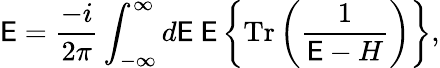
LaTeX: {\cal\mathsf{E}}=\frac{{-i}}{{2\pi}}\int_{-\infty}^{\infty}d\mathsf{E}~\mathsf{E}\left\{ \mathrm{{Tr}}\left(\frac{{1}}{{\mathsf{E}-H}}\right)\right\} ,